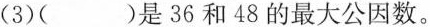
(3)( )是36和48的最大公因数。